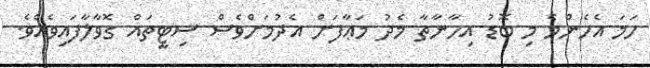
ހަމަ އެހެންމެ މި ބޮޑު އިހާނާތާ މެދު މަޢާފަށް އެދުމަށްވެސް ސިޓީތައް ގޮވާލާފައިވެއެވެ.